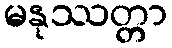
မနုဿတ္တာ